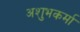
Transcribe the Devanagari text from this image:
अशुभकर्मा